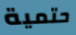
حتمية